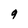
Character: 9